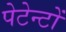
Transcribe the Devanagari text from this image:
पेटेन्टों